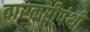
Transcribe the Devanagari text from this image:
वारकरीपंथी